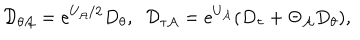
{ \cal D } _ { \theta { \cal A } } = e ^ { U _ { \cal A } / 2 } D _ { \theta } , \; \; { \cal D } _ { \tau { \cal A } } = e ^ { U _ { \cal A } } ( D _ { \tau } + \Theta _ { \cal A } D _ { \theta } ) ,